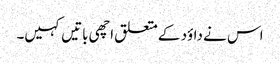
اس نے داؤد کے متعلق اچھی باتیں کہیں۔